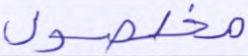
مخلصون